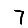
Digit: 7